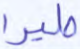
طيرا